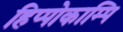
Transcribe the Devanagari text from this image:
हिप्पोकाम्पि